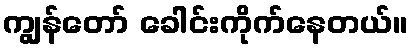
ကျွန်တော် ခေါင်းကိုက်နေတယ်။